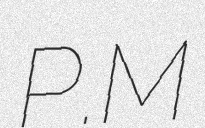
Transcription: P.M